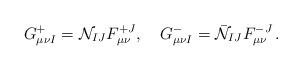
LaTeX: \begin{align*}G^+_{\mu\nu I}={\cal N}_{IJ}F^{+J}_{\mu\nu},\quad G^-_{\mu\nu I}=\bar{\cal N}_{IJ}F^{-J}_{\mu\nu}\, .\end{align*}